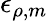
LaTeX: \epsilon_{\rho,m}